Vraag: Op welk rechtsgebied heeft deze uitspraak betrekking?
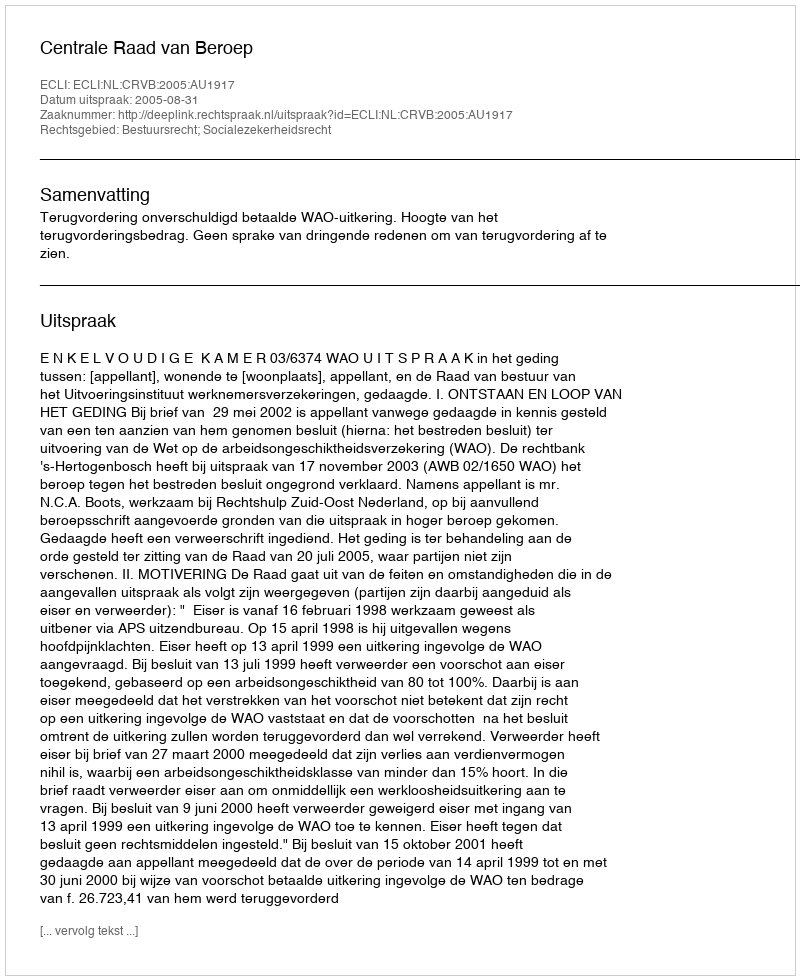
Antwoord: Bestuursrecht; Socialezekerheidsrecht